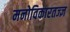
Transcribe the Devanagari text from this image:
मनोविकारतज्‍ज्ञ